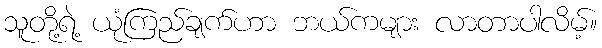
သူတို့ရဲ့ ယုံကြည်ချက်ဟာ ဘယ်ကများ လာတာပါလိမ့်။